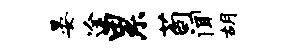
晏途累荀闻胡